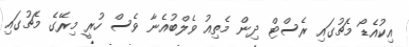
އިކުއެޑޯ މެޗުގައި ރެސްޓް ދިން މެތިއު ވެލްބުއެނާ ވެސް ހުރީ މިރޭގެ މެޗުގައި